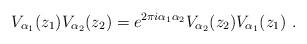
LaTeX: \begin{align*} V_{\alpha_1}(z_1)V_{\alpha_2}(z_2) = e^{2\pi i\alpha_1\alpha_2} V_{\alpha_2} (z_2) V_{\alpha_1}(z_1)~.\end{align*}